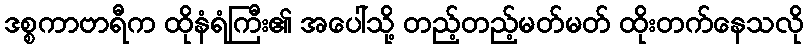
ဒစ္စကာဗာရီက ထိုနံရံကြီး၏ အပေါ်သို့ တည့်တည့်မတ်မတ် ထိုးတက်နေသလို